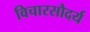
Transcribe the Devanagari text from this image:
विचारसौदर्य